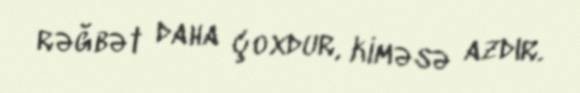
rəğbət daha çoxdur, kiməsə azdır.